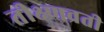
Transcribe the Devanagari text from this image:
तीक्ष्णव्रती